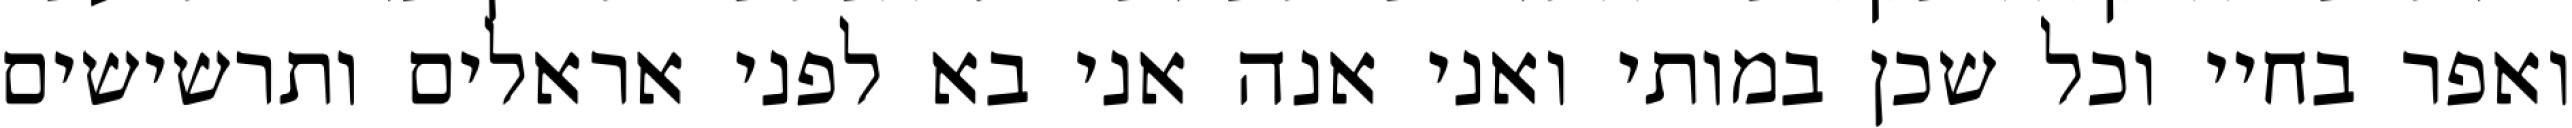
ואפר בחיי וכל שכן במותי ואני אנה אני בא לפני אראלים ותרשישים